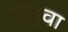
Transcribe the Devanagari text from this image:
ढलुवा